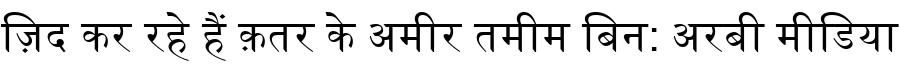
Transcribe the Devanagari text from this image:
ज़िद कर रहे हैं क़तर के अमीर तमीम बिन: अरबी मीडिया